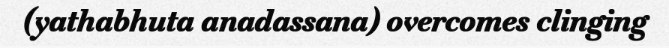
(yathabhuta anadassana) overcomes clinging